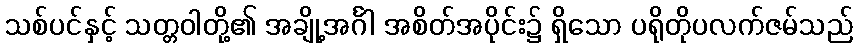
သစ်ပင်နှင့် သတ္တဝါတို့၏ အချို့အင်္ဂါ အစိတ်အပိုင်း၌ ရှိသော ပရိုတိုပလက်ဇမ်သည်